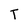
Character: T